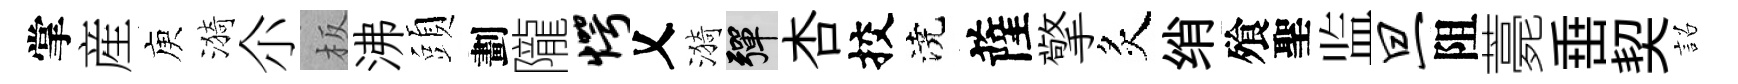
掌産庾漪尒板沸頭劃隴愕乂漪彈杏挍澆薩擎炙绡飱聖监旦阻薧𡸁契詔